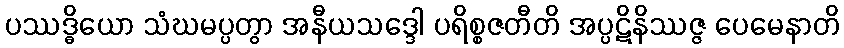
ပဿဒ္ဓိယော သံဃမပ္ပတွာ အနီယသဒ္ဒေါ ပရိစ္စဇတီတိ အပ္ပဋိနိဿဇ္ဇ ပေမေနာတိ